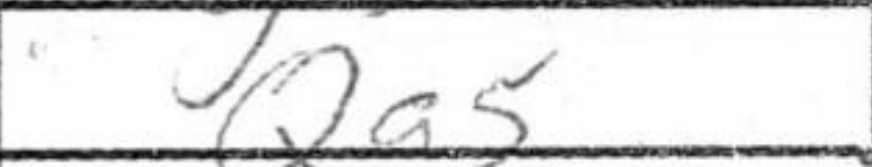
Transcription: Qa5